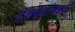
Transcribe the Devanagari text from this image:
देशस्थांमधली